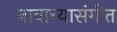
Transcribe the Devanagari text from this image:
नावाच्यासंगीत